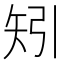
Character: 矧